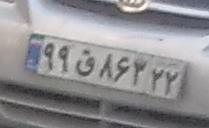
۹۹ق۸۶۳۲۲